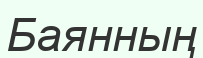
Баянның